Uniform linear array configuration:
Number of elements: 12
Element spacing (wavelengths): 0.25
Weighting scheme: uniform
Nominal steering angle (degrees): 30
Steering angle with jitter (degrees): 30.716
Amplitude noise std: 0.05
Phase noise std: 0.05

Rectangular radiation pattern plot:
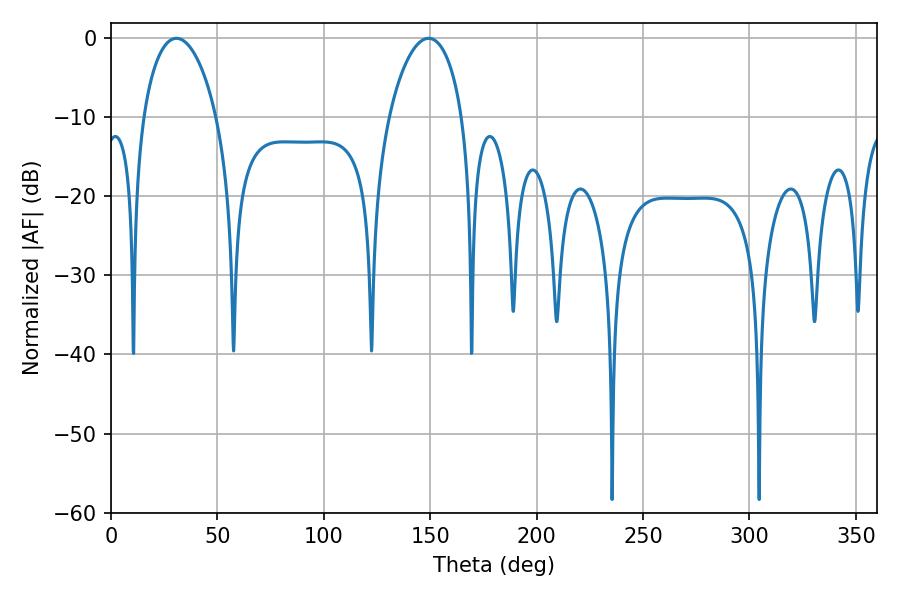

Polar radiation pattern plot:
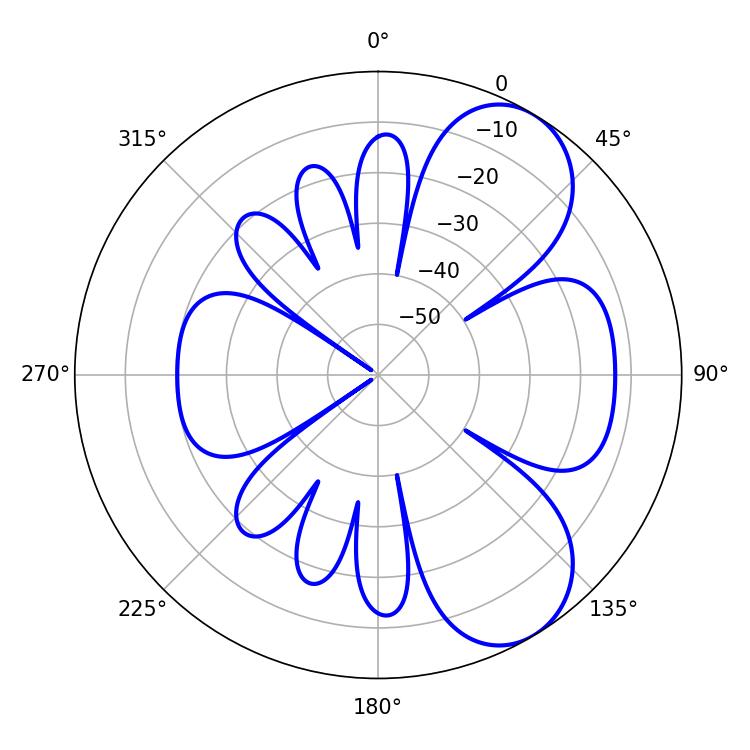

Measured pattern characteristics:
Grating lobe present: FALSE
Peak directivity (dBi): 7.02
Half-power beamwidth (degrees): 19.8
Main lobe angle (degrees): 30.78